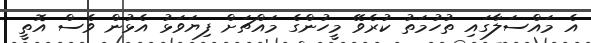
އެ މައްސަލާގައި ތުހުމަތު ކުރެވޭ މީހުންގެ މައްޗަށް ފިޔަވަޅު އެޅުން ވެސް އޮތީ